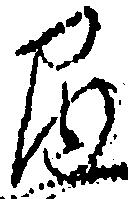
間